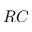
R C